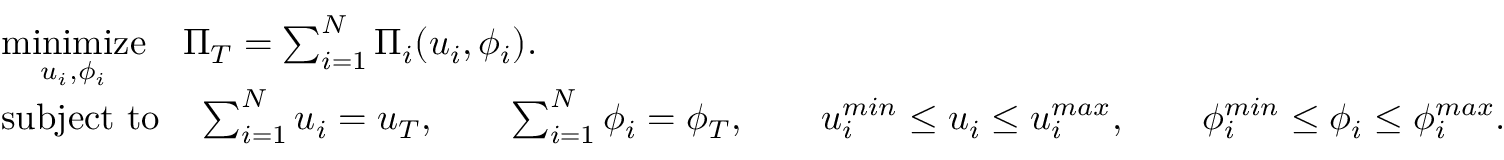
\begin{array} { r l } & { \underset { u _ { i } , \phi _ { i } } { \mathrm { m i n i m i z e } } \quad \Pi _ { T } = \sum _ { i = 1 } ^ { N } \Pi _ { i } ( u _ { i } , \phi _ { i } ) . } \\ & { \mathrm { s u b j e c t ~ t o } \quad \sum _ { i = 1 } ^ { N } u _ { i } = u _ { T } , \qquad \sum _ { i = 1 } ^ { N } \phi _ { i } = \phi _ { T } , \qquad u _ { i } ^ { m i n } \leq u _ { i } \leq u _ { i } ^ { m a x } , \qquad \phi _ { i } ^ { m i n } \leq \phi _ { i } \leq \phi _ { i } ^ { m a x } . } \end{array}